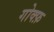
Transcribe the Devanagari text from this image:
गोक्फ़